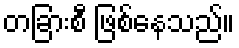
တခြားစီ ဖြစ်နေသည်။